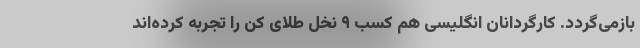
بازمی‌گردد. کارگردانان انگلیسی هم کسب‌ ۹ نخل طلای کن را تجربه کرده‌اند